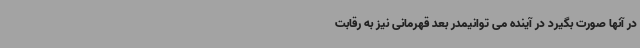
در آنها صورت بگیرد در آینده می توانیمدر بعد قهرمانی نیز به رقابت